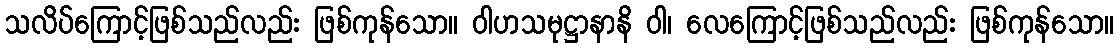
သလိပ်ကြောင့်ဖြစ်သည်လည်း ဖြစ်ကုန်သော။ ဝါဟသမုဋ္ဌာနာနိ ဝါ၊ လေကြောင့်ဖြစ်သည်လည်း ဖြစ်ကုန်သော။